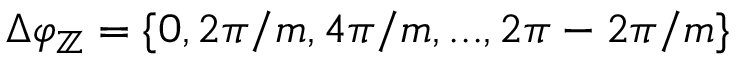
\Delta \varphi _ { \mathbb { Z } } = \{ 0 , 2 \pi / m , 4 \pi / m , . . . , 2 \pi - 2 \pi / m \}